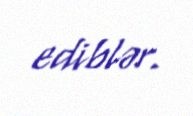
ediblər.